Annual report of the Prince of Wales Medical College, Patna
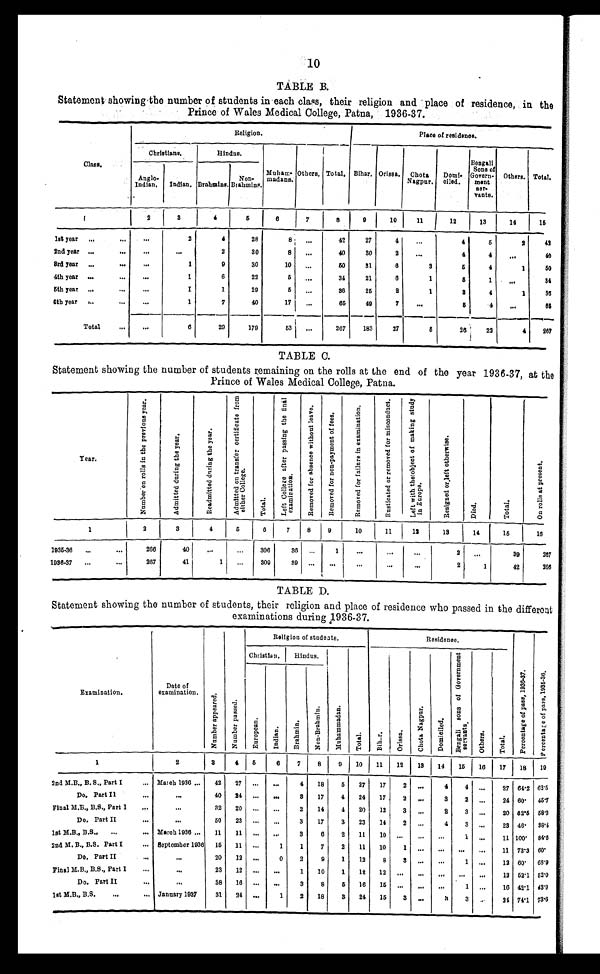
10
TABLE B.
Statement showing the number of students in each class, their religion and place of residence, in the
Prince of Wales Medical College, Patna, 1936-37.
Class.
Religion.
Place of residence.
Christians.
Hindus.
Muham-
madans.
Others. Total. Bihar. Orissa. Chota
Nagpur.
Domi-
ciled.
Bengali
Sons of
Govern-
ment
ser-
vants.
Others. Total.
Anglo-
Indian.
Indian. Brahmins.
Non-
Brahmins.
1
2
3
4
5
6
7
8
9
10
11
12
13
14
1 5
1st year
. . .
...
...
2
4
28
8
. . .
42
27
4
...
4
5
2
42
2nd year ...
...
. . .
...
2
30
8
...
40
30
2
...
4
4
...
40
3rd year . . .
...
. . .
1
9
30
10
...
50
31
6
3
5
4
1
5 0
4th year ...
. . .
...
1
6
22
5
. . .
34
21
6
1
5
1
...
34
5th year ...
...
. . .
1
1
29
5
...
36
25
2
1
3
4
1
3 6
6th year ...
. . .
...
1
7
40
17
...
65
49
7
...
5
4
...
6 5
Total
. . .
. . .
6
29
179
53
...
267
183
27
5
26
22
4
267
TABLE C.
Statement showing the number of students remaining on the rolls at the end of the year 1936-37, at the
Prince of Wales Medical College, Patna.
Year.
N u m b e r o n r o l l s i n t h e p r e v i o u s y e a r .
A d m i t t e d d u r i n g t h e y e a r .
R e a d m i t t e d d u r i n g t h e y e a r .
A d m i t t e d o n t r a n s f e r c e r t i f i c a t e f r o m
e i t h e r C o l l e g e .
T o t a l .
L e f t C o l l e g e a f t e r p a s s i n g t h e f i n a l
e x a m i n a t i o n .
R e m o v e d f o r a b s e n c e w i t h o u t l e a v e .
R e m o v e d f o r n o n - p a y m e n t o f f e e s .
R e m o v e d f o r f a i l u r e i n e x a m i n a t i o n .
R u s t i c a t e d o r r e m o v e d f o r m i s c o n d u c t .
L e f t w i t h t h e o b j e c t o f m a k i n g s t u d y
i n E u r o p e .
R e s i g n e d o r l e f t o t h e r w i s e .
D i e d .
T o t a l .
O n r o l l s a t p r e s e n t .
1
2
3
4
5
6
7
8 9
10
11
12
13
14
15
16
1 9 3 5 - 3 6
. . .
...
266
40
...
...
306
36
. . .
1
. . .
...
. . .
2
...
39
267
1936-37
...
. . .
267
41
1
...
309
39 ...
. . .
...
. . . ...
2
1
42
2 6 6
TABLE D.
Statement showing the number of students, their religion and place of residence who passed in the different
examinations during 1936-37.
Examination.
Date of
examination.
N u m b e r a p p e a r e d .
N u m b e r p a s s e d .
Religion of students.
Residence.
P e r c e n t a g e o f p a s s , 1 9 3 6 - 3 7 .
P e r c e n t a g e o f p a s s , 1 9 3 5 – 3 6 .
Christian. Hindus.
M u h a m m a d a n .
T o t a l .
B i h a r .
O r i s s a .
C h o t a N a g p u r .
D o m i c i l e d .
B e n g a l i s o n s o f G o v e r n m e n t
s e r v a n t s .
O t h e r s .
T o t a l .
E u r o p e a n .
I n d i a n .
B r a h m i n .
N o n - B r a h m i n .
1
2
3
4
5
6
7
8
9 10
1 1 12
13
14
15
16
1 7 18
19
2nd M.B., B.S., Part I
... March 1936 ...
42
27 ...
...
4
18
5
27
17
2 ...
4
4
. . .
27 64.2 62.5
Do. Part II
. . .
. . .
40
24
. . .
...
3 17
4
24
17
2 ...
3
2 ...
24 60. 45.7
Final M.B., B.S., Part I
. . .
...
32
20 ...
...
2
14
4
20
12
3 ...
2
3
. . .
20 62.5 58.3
Do. Part II
...
...
50
23 ...
...
3
17
3
23
14
2 ...
4
3 ...
23 46. 38.4
1st M.B., B.S.,
...
... March 1936 ...
11
11 ...
...
3
6
2
11
10 ...
. . .
. . .
1
. . .
11 100. 84.6
2nd M.B., B.S. Part I
... September 1936 15 11 ...
1
1
7
2
11
10
1 ...
. . . ...
...
11 73.3 60.
Do, Part II
...
...
20
12 ...
0
2
9
1
12
8
3 ...
...
1 . . .
12 60. 68.9
Final M.B., B.S., Part I
...
...
23
12 ...
...
1
10
1
12
12 ...
. . . ...
...
...
12 52.1 52.0
Do. Part II
...
. . .
38
16 ...
...
3
8
5 16
15 ...
. . .
. . .
1
. . . 16 42.1 43.9
1st M.B., B.S.
. . .
... January 1937
31
24 ...
1
2
18
3
24
15
3 ...
3
3
. . . 24 74.1 73.6